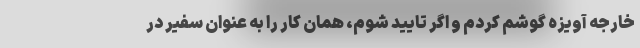
خارجه آویزه گوشم کردم و اگر تایید شوم، همان کار را به عنوان سفیر در